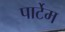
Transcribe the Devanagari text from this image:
पार्टेम